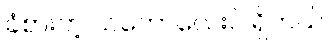
ခံစားတဲ့ သဘောလေးပဲ ရှိတယ်။